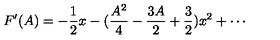
F ^ { \prime } ( A ) = - \frac { 1 } { 2 } x - ( \frac { A ^ { 2 } } { 4 } - \frac { 3 A } { 2 } + \frac { 3 } { 2 } ) x ^ { 2 } + \cdots